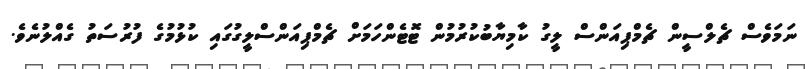
ނަމަވެސް ޗެލްސީން ޗެމްޕިއަންސް ލީގު ކާމިޔާބުކުރުމުން ޓޮޓެންހަމަށް ޗެމްޕިއަންސްލީގުގައި ކުޅުމުގެ ފުރުސަތު ގެއްލުނެވެ.